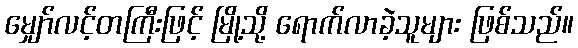
မျှော်လင့်တကြီးဖြင့် မြို့သို့ ရောက်လာခဲ့သူများ ဖြစ်သည်။